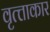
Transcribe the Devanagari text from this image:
वृत्त्ताकार